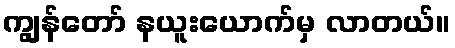
ကျွန်တော် နယူးယောက်မှ လာတယ်။